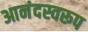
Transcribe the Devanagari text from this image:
आनंदस्वरूप